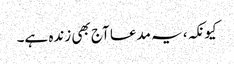
کیونکہ، یہ مدعا آج بھی زندہ ہے۔